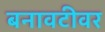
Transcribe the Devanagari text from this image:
बनावटीवर